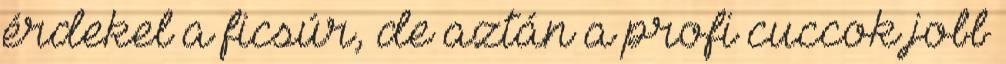
érdekel a ficsúr, de aztán a profi cuccok jobb